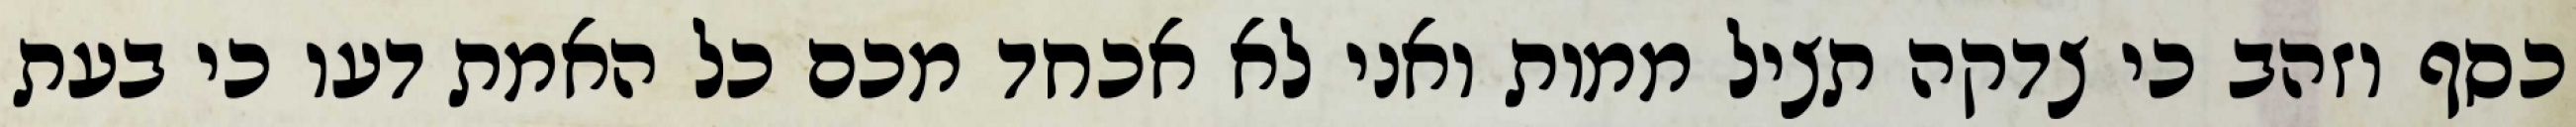
כסף וזהב כי צדקה תציל ממות ואני לא אכחד מכם כל האמת דעו כי בעת